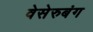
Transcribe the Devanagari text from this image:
वेसेरुबंग